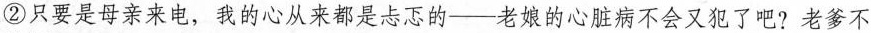
②只要是母亲来电，我的心从来都是忐忑的--老娘的心脏病不会又犯了吧?老爹不